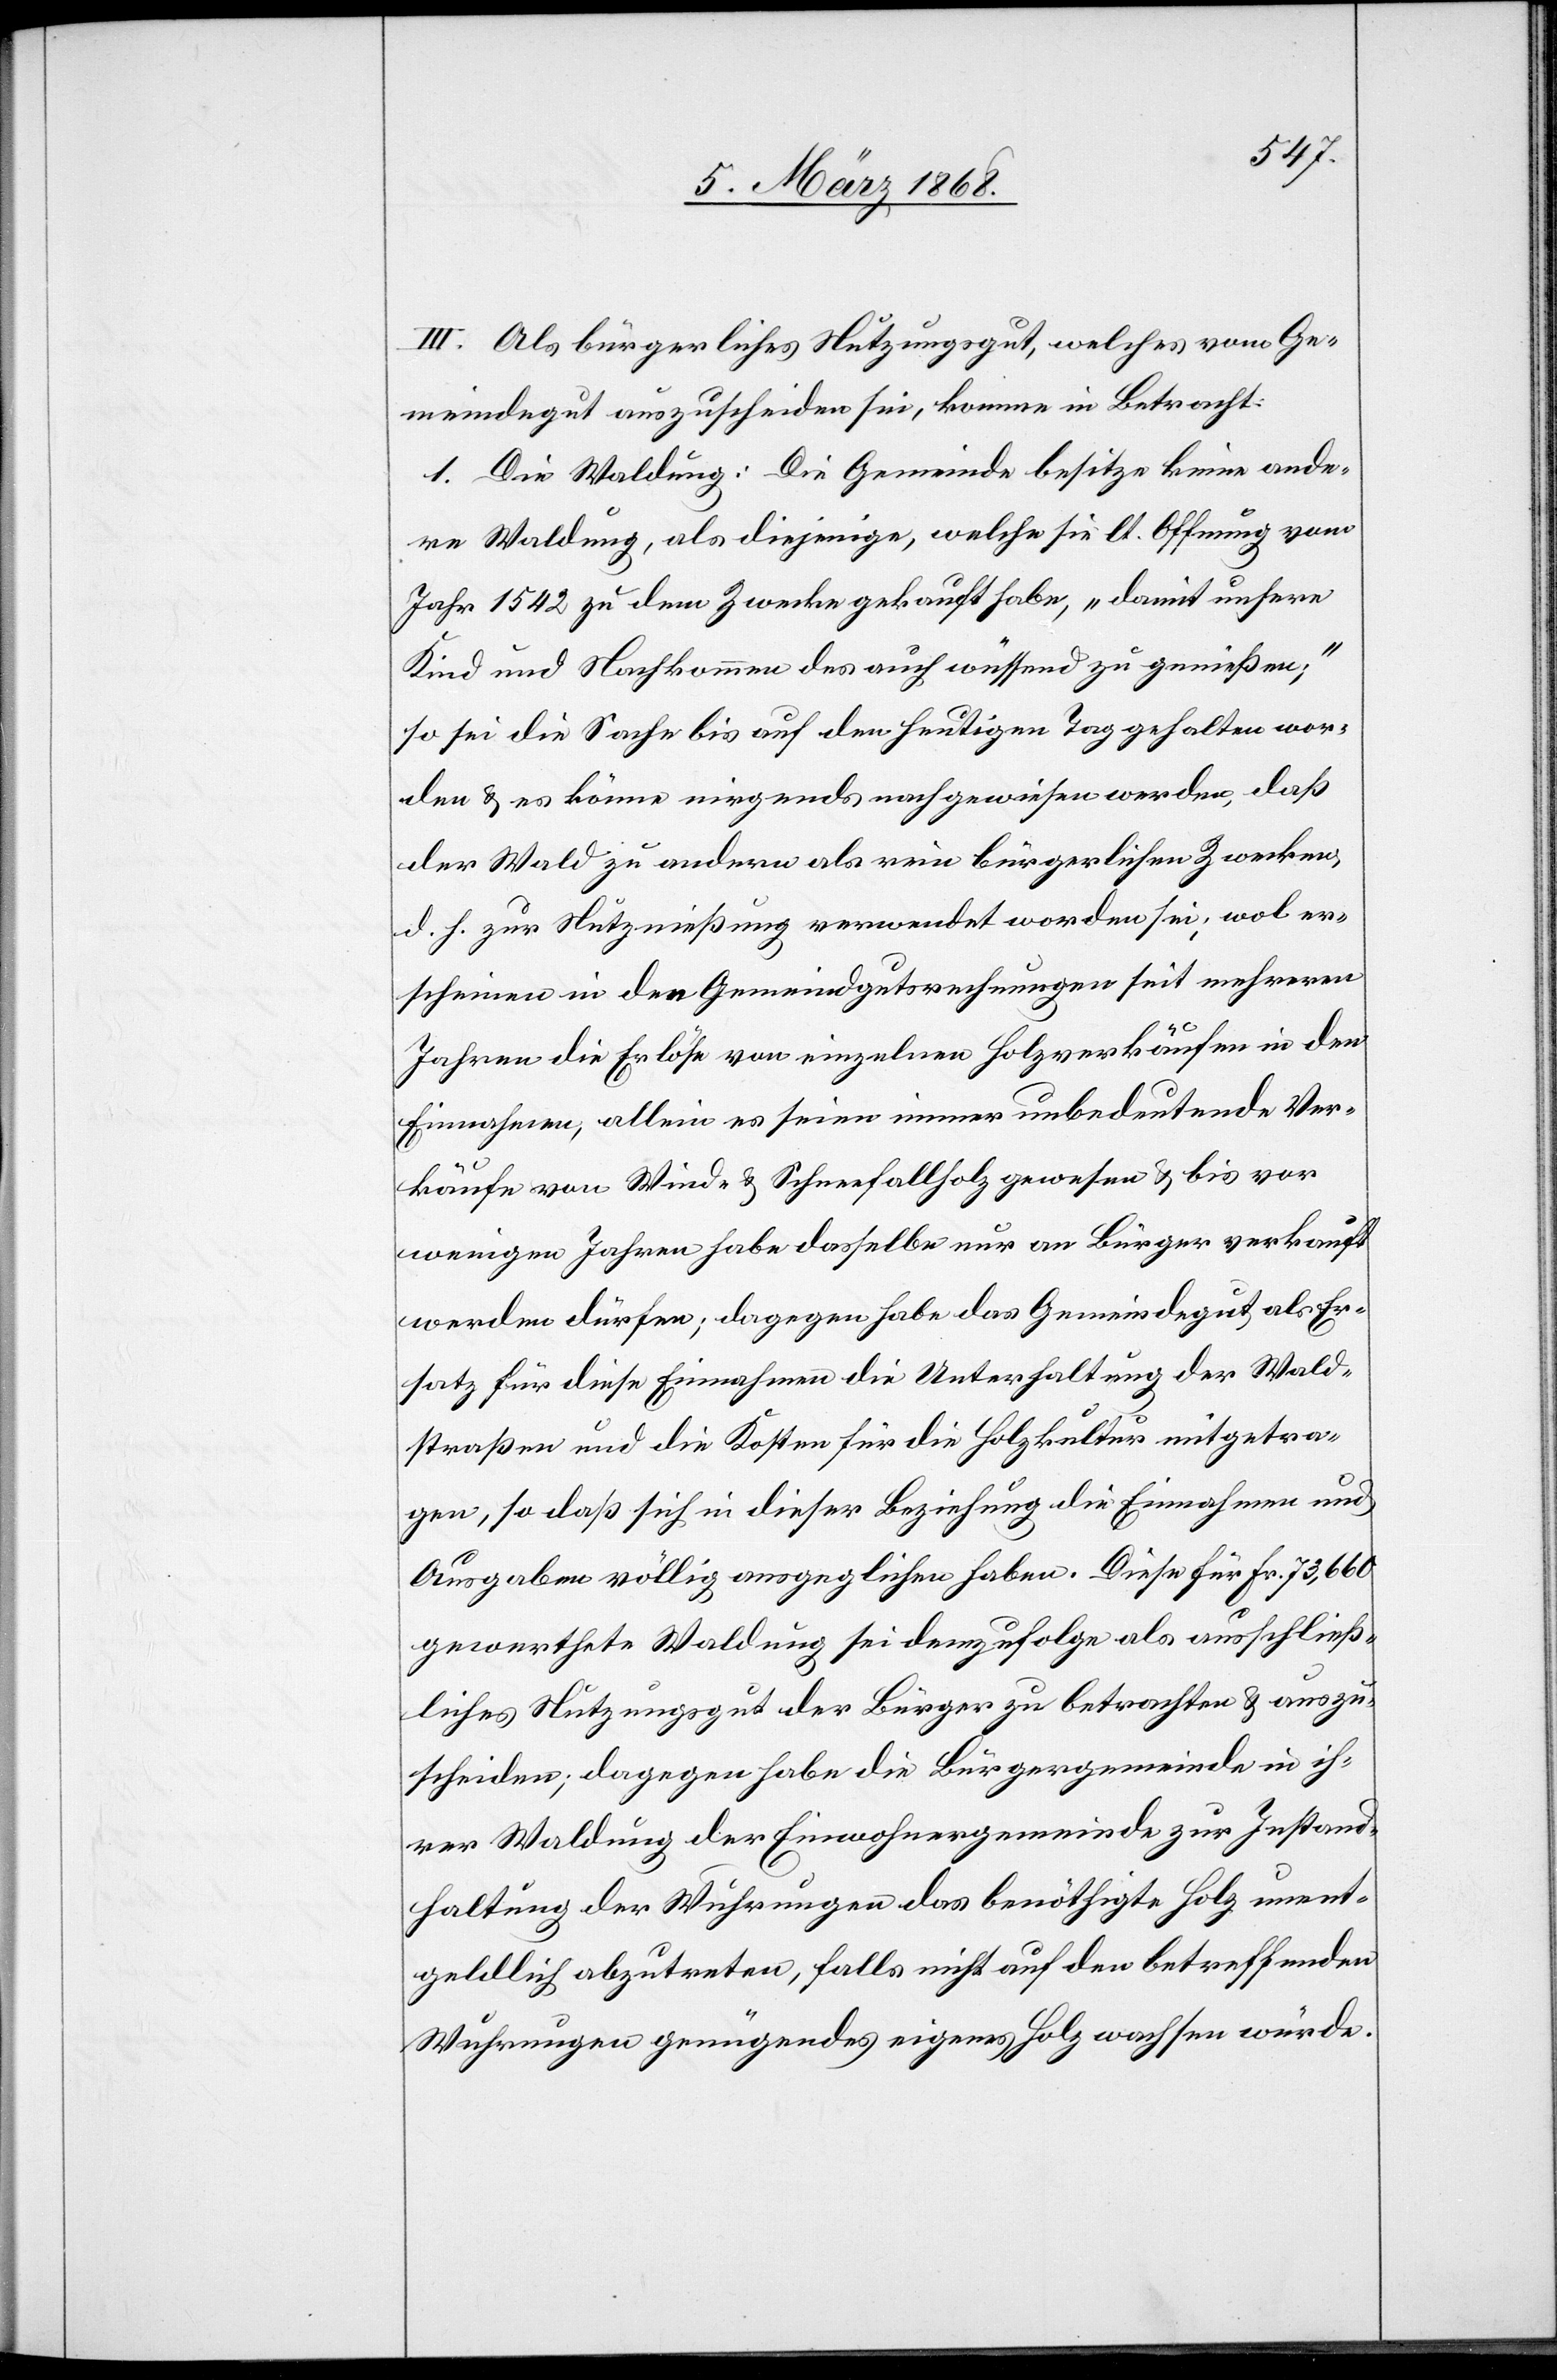
III. Als bürgerliches Nutzungsgut, welches vom Ge¬
meindegut auszuscheiden sei, komme in Betracht:
1. Die Waldung: Die Gemeinde besitze keine ande¬
re Waldung, als diejenige, welche sie lt. Offnung vom
Jahr 1542 zu dem Zwecke gekauft habe, „damit unsere
Kind und Nachkommen des auch wüssend zu genießen;“
so sei die Sache bis auf den heutigen Tag gehalten wor¬
den & es könne nirgends nachgewiesen werden, daß
der Wald zu andern als rein bürgerlichen Zwecken,
d. h. zur Nutznießung verwendet worden sei; wol er¬
scheinen in den Gemeindgutsrechnungen seit mehreren
Jahren die Erlöse von einzelnen Holzverkäufen in den
Einnahmen, allein es seien immer unbedeutende Ver¬
käufe von Wind- & Schneefallholz gewesen & bis vor
wenigen Jahren habe dasselbe nur an Bürger verkauft
werden dürfen; dagegen habe das Gemeindegut als Er¬
satz für diese Einnahmen die Unterhaltung der Wald¬
straßen und die Kosten für die Holzkultur mitgetra¬
gen, so daß sich in dieser Beziehung die Einnahmen und
Ausgaben völlig ausgeglichen haben. Diese für Fr. 73,660
gewerthete Waldung sei demzufolge als ausschließ¬
liches Nutzungsgut der Bürger zu betrachten & auszu¬
scheiden; dagegen habe die Bürgergemeinde in ih¬
rer Waldung der Einwohnergemeinde zur Instand¬
haltung der Wuhrungen das benöthigte Holz unent¬
geldlich abzutreten, falls nicht auf den betreffenden
Wuhrungen genügendes eigenes Holz wachsen würde.